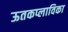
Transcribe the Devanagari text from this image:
ऊतकप्लाविका